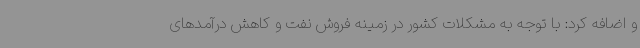
و اضافه کرد: با توجه به مشکلات کشور در زمینه فروش نفت و کاهش درآمدهای